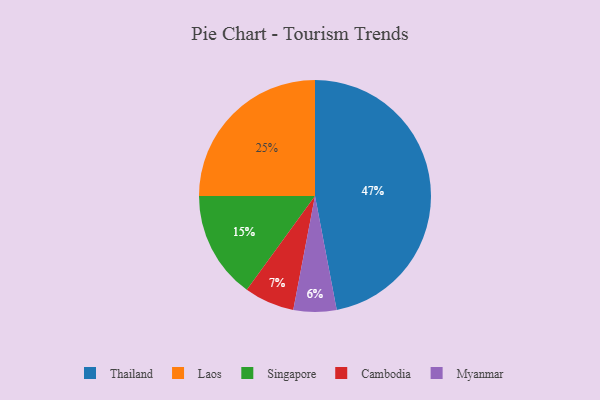
{"axis": {"x": "Category", "y": "Percentage"}, "legend": ["Cambodia", "Laos", "Myanmar", "Singapore", "Thailand"], "data": [{"x": "Myanmar", "y": 6, "type": "Myanmar"}, {"x": "Cambodia", "y": 7, "type": "Cambodia"}, {"x": "Singapore", "y": 15, "type": "Singapore"}, {"x": "Laos", "y": 25, "type": "Laos"}, {"x": "Thailand", "y": 47, "type": "Thailand"}]}